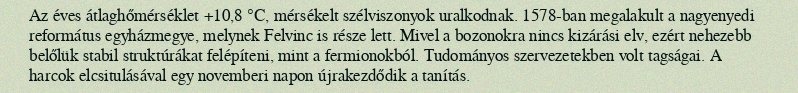
Az éves átlaghőmérséklet +10,8 °C, mérsékelt szélviszonyok uralkodnak. 1578-ban megalakult a nagyenyedi református egyházmegye, melynek Felvinc is része lett. Mivel a bozonokra nincs kizárási elv, ezért nehezebb belőlük stabil struktúrákat felépíteni, mint a fermionokból. Tudományos szervezetekben volt tagságai. A harcok elcsitulásával egy novemberi napon újrakezdődik a tanítás.